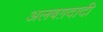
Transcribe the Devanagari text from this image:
अलबग़दादी